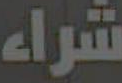
شراء